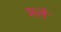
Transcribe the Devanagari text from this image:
मर्ल